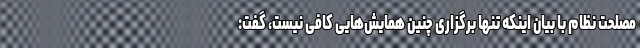
مصلحت نظام با بیان اینکه تنها برگزاری چنین همایش‌هایی کافی نیست، گفت: